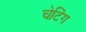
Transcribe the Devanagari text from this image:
चेटिंग